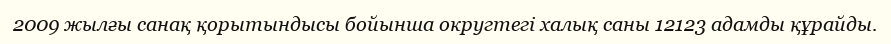
2009 жылғы санақ қорытындысы бойынша округтегі халық саны 12123 адамды құрайды.